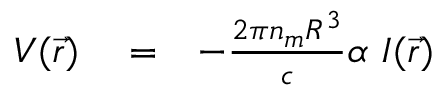
\begin{array} { r l r } { V ( \vec { r } ) } & { { } = } & { - \frac { 2 \pi n _ { m } R ^ { 3 } } { c } \alpha \ I ( \vec { r } ) } \end{array}